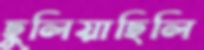
ছুলিয়াছিলি